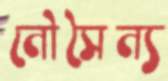
নৌসৈন্য